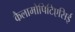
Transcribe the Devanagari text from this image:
कैलामोपिटिएसिई